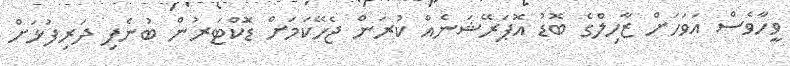
ވީހާވެސް އަވަހަށް ޒާހިލްގެ ބޮޑު އޮޕަރޭޝަނެއް ކުރަން ޖެހޭކަމަށް ޑޮަކްޓަރުން ބުނެފި ދަރިފުޅަށް